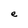
Character: e